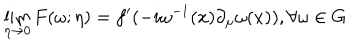
LaTeX: \lim _ { \eta \rightarrow 0 } F ( \omega ; \eta ) = f ^ { \prime } ( - i \omega ^ { - 1 } ( x ) \partial _ { \mu } \omega ( x ) ) , \forall \omega \in G